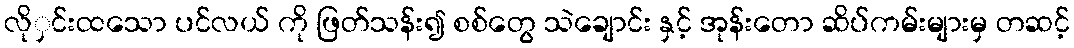
လိုှင်းထသော ပင်လယ် ကို ဖြတ်သန်း၍ စစ်တွေ သဲချောင်း နှင့် အုန်းတော ဆိပ်ကမ်းများမှ တဆင့်